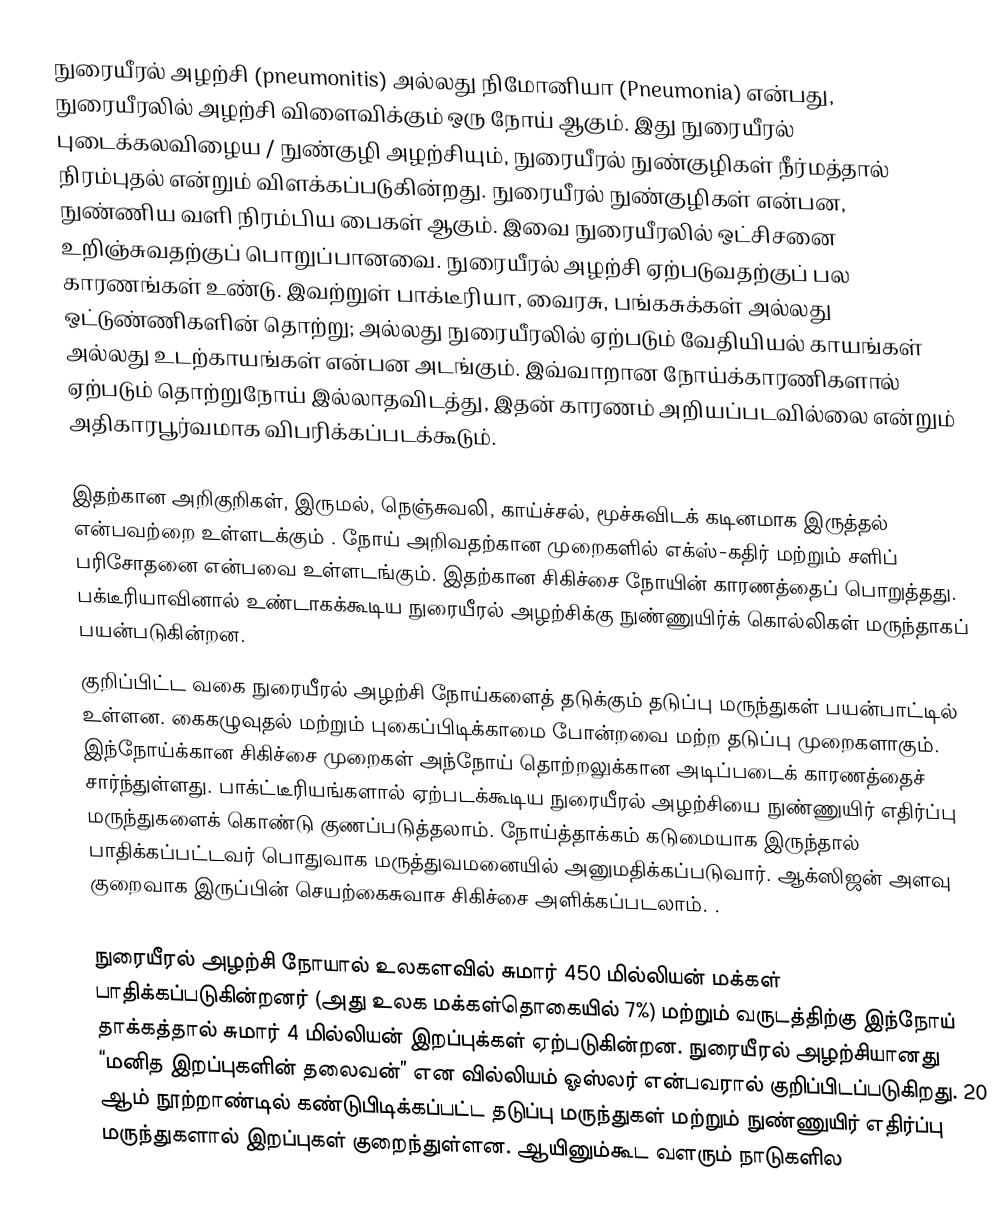
நுரையீரல் அழற்சி (pneumonitis) அல்லது நிமோனியா (Pneumonia) என்பது, நுரையீரலில் அழற்சி விளைவிக்கும் ஒரு நோய் ஆகும். இது நுரையீரல் புடைக்கலவிழைய / நுண்குழி அழற்சியும், நுரையீரல் நுண்குழிகள் நீர்மத்தால் நிரம்புதல் என்றும் விளக்கப்படுகின்றது. நுரையீரல் நுண்குழிகள் என்பன, நுண்ணிய வளி நிரம்பிய பைகள் ஆகும். இவை நுரையீரலில் ஒட்சிசனை உறிஞ்சுவதற்குப் பொறுப்பானவை. நுரையீரல் அழற்சி ஏற்படுவதற்குப் பல காரணங்கள் உண்டு. இவற்றுள் பாக்டீரியா, வைரசு, பங்கசுக்கள் அல்லது ஒட்டுண்ணிகளின் தொற்று; அல்லது நுரையீரலில் ஏற்படும் வேதியியல் காயங்கள் அல்லது உடற்காயங்கள் என்பன அடங்கும். இவ்வாறான நோய்க்காரணிகளால் ஏற்படும் தொற்றுநோய் இல்லாதவிடத்து, இதன் காரணம் அறியப்படவில்லை என்றும் அதிகாரபூர்வமாக விபரிக்கப்படக்கூடும்.

இதற்கான அறிகுறிகள், இருமல், நெஞ்சுவலி, காய்ச்சல், மூச்சுவிடக் கடினமாக இருத்தல் என்பவற்றை உள்ளடக்கும் . நோய் அறிவதற்கான முறைகளில் எக்ஸ்-கதிர் மற்றும் சளிப் பரிசோதனை என்பவை உள்ளடங்கும். இதற்கான சிகிச்சை நோயின் காரணத்தைப் பொறுத்தது. பக்டீரியாவினால் உண்டாகக்கூடிய நுரையீரல் அழற்சிக்கு நுண்ணுயிர்க் கொல்லிகள் மருந்தாகப் பயன்படுகின்றன.
குறிப்பிட்ட வகை நுரையீரல் அழற்சி நோய்களைத் தடுக்கும் தடுப்பு மருந்துகள் பயன்பாட்டில் உள்ளன.  கைகழுவுதல் மற்றும் புகைப்பிடிக்காமை போன்றவை மற்ற தடுப்பு முறைகளாகும்.  இந்நோய்க்கான சிகிச்சை முறைகள் அந்நோய் தொற்றலுக்கான அடிப்படைக் காரணத்தைச் சார்ந்துள்ளது. பாக்ட்டீரியங்களால் ஏற்படக்கூடிய நுரையீரல் அழற்சியை நுண்ணுயிர் எதிர்ப்பு மருந்துகளைக் கொண்டு குணப்படுத்தலாம். நோய்த்தாக்கம் கடுமையாக இருந்தால் பாதிக்கப்பட்டவர் பொதுவாக மருத்துவமனையில் அனுமதிக்கப்படுவார். ஆக்ஸிஜன் அளவு குறைவாக இருப்பின் செயற்கைசுவாச சிகிச்சை அளிக்கப்படலாம். .

நுரையீரல் அழற்சி நோயால் உலகளவில் சுமார் 450 மில்லியன் மக்கள் பாதிக்கப்படுகின்றனர் (அது உலக மக்கள்தொகையில் 7%) மற்றும் வருடத்திற்கு இந்நோய் தாக்கத்தால் சுமார் 4 மில்லியன் இறப்புக்கள் ஏற்படுகின்றன. நுரையீரல் அழற்சியானது “மனித இறப்புகளின் தலைவன்” என வில்லியம் ஓஸ்லர் என்பவரால் குறிப்பிடப்படுகிறது. 20 ஆம் நூற்றாண்டில் கண்டுபிடிக்கப்பட்ட தடுப்பு மருந்துகள் மற்றும் நுண்ணுயிர் எதிர்ப்பு மருந்துகளால் இறப்புகள் குறைந்துள்ளன.  ஆயினும்கூட வளரும் நாடுகளில